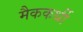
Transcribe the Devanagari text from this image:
मैककर्थी